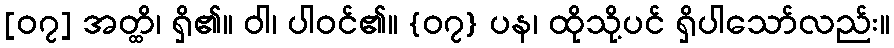
[၀၇] အတ္ထိ၊ ရှိ၏။ ဝါ၊ ပါဝင်၏။ {၀၇} ပန၊ ထိုသို့ပင် ရှိပါသော်လည်း။